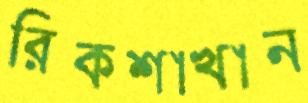
রিকশাখান